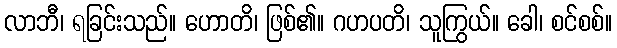
လာဘီ၊ ရခြင်းသည်။ ဟောတိ၊ ဖြစ်၏။ ဂဟပတိ၊ သူကြွယ်။ ခေါ၊ စင်စစ်။